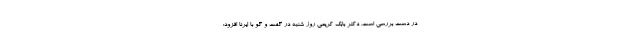
در دست بررسی است. دکتر بابک کریمی روز شنبه در گفت و گو با ایرنا افزود: